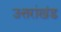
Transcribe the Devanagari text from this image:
उत्तरांखंड